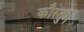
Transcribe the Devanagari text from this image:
कौस्तुम